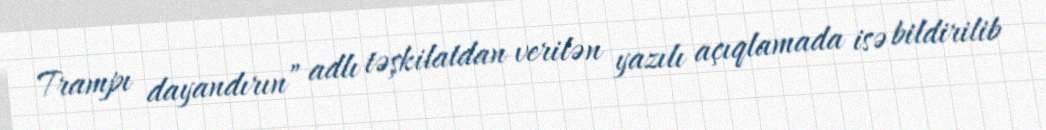
Trampı dayandırın” adlı təşkilatdan verilən yazılı açıqlamada isə bildirilib